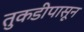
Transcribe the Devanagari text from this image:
तुकडीपासून